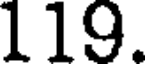
119.